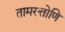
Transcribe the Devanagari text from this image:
तामरत्तोणि